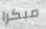
مبكرا